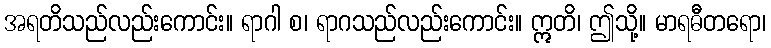
အရတိသည်လည်းကောင်း။ ရာဂါ စ၊ ရာဂသည်လည်းကောင်း။ ဣတိ၊ ဤသို့။ မာရဓီတရော၊